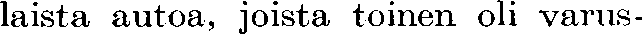
laista autoa, joista toinen oli varus-